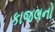
કાજલનો